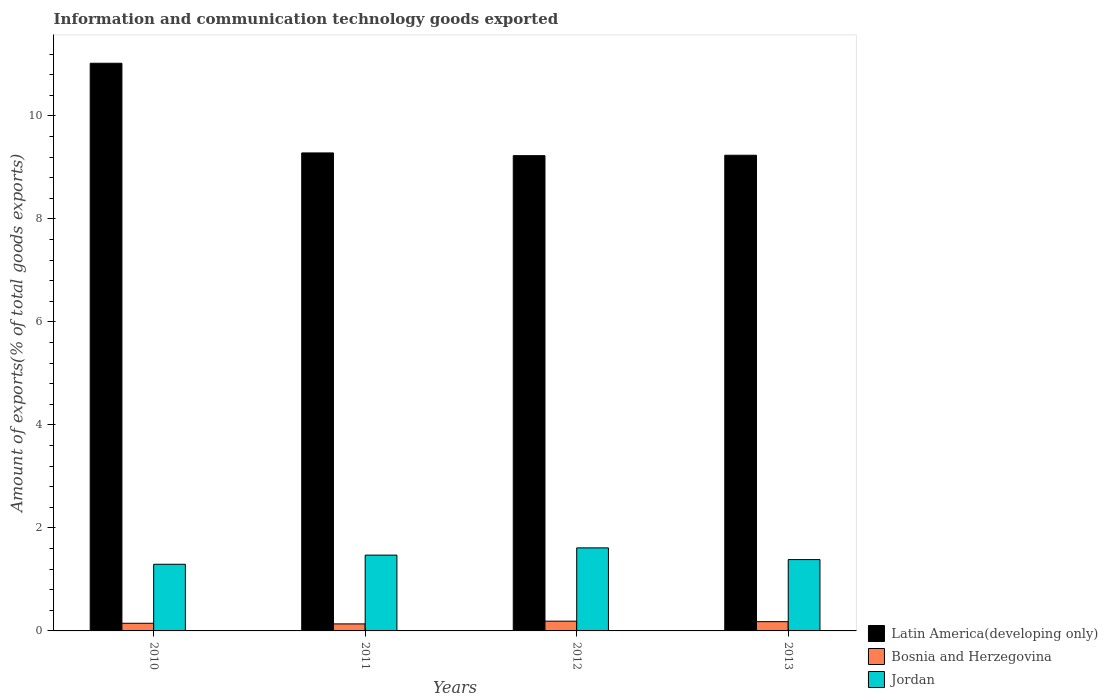
| Years | Latin America(developing only) | Bosnia and Herzegovina | Jordan |
 | --- | --- | --- | --- |
 | 2010 | 11 | 0.149 | 1.29 |
 | 2011 | 9.28 | 0.136 | 1.47 |
 | 2012 | 9.23 | 0.189 | 1.61 |
 | 2013 | 9.23 | 0.18 | 1.39 |